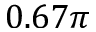
0 . 6 7 \pi